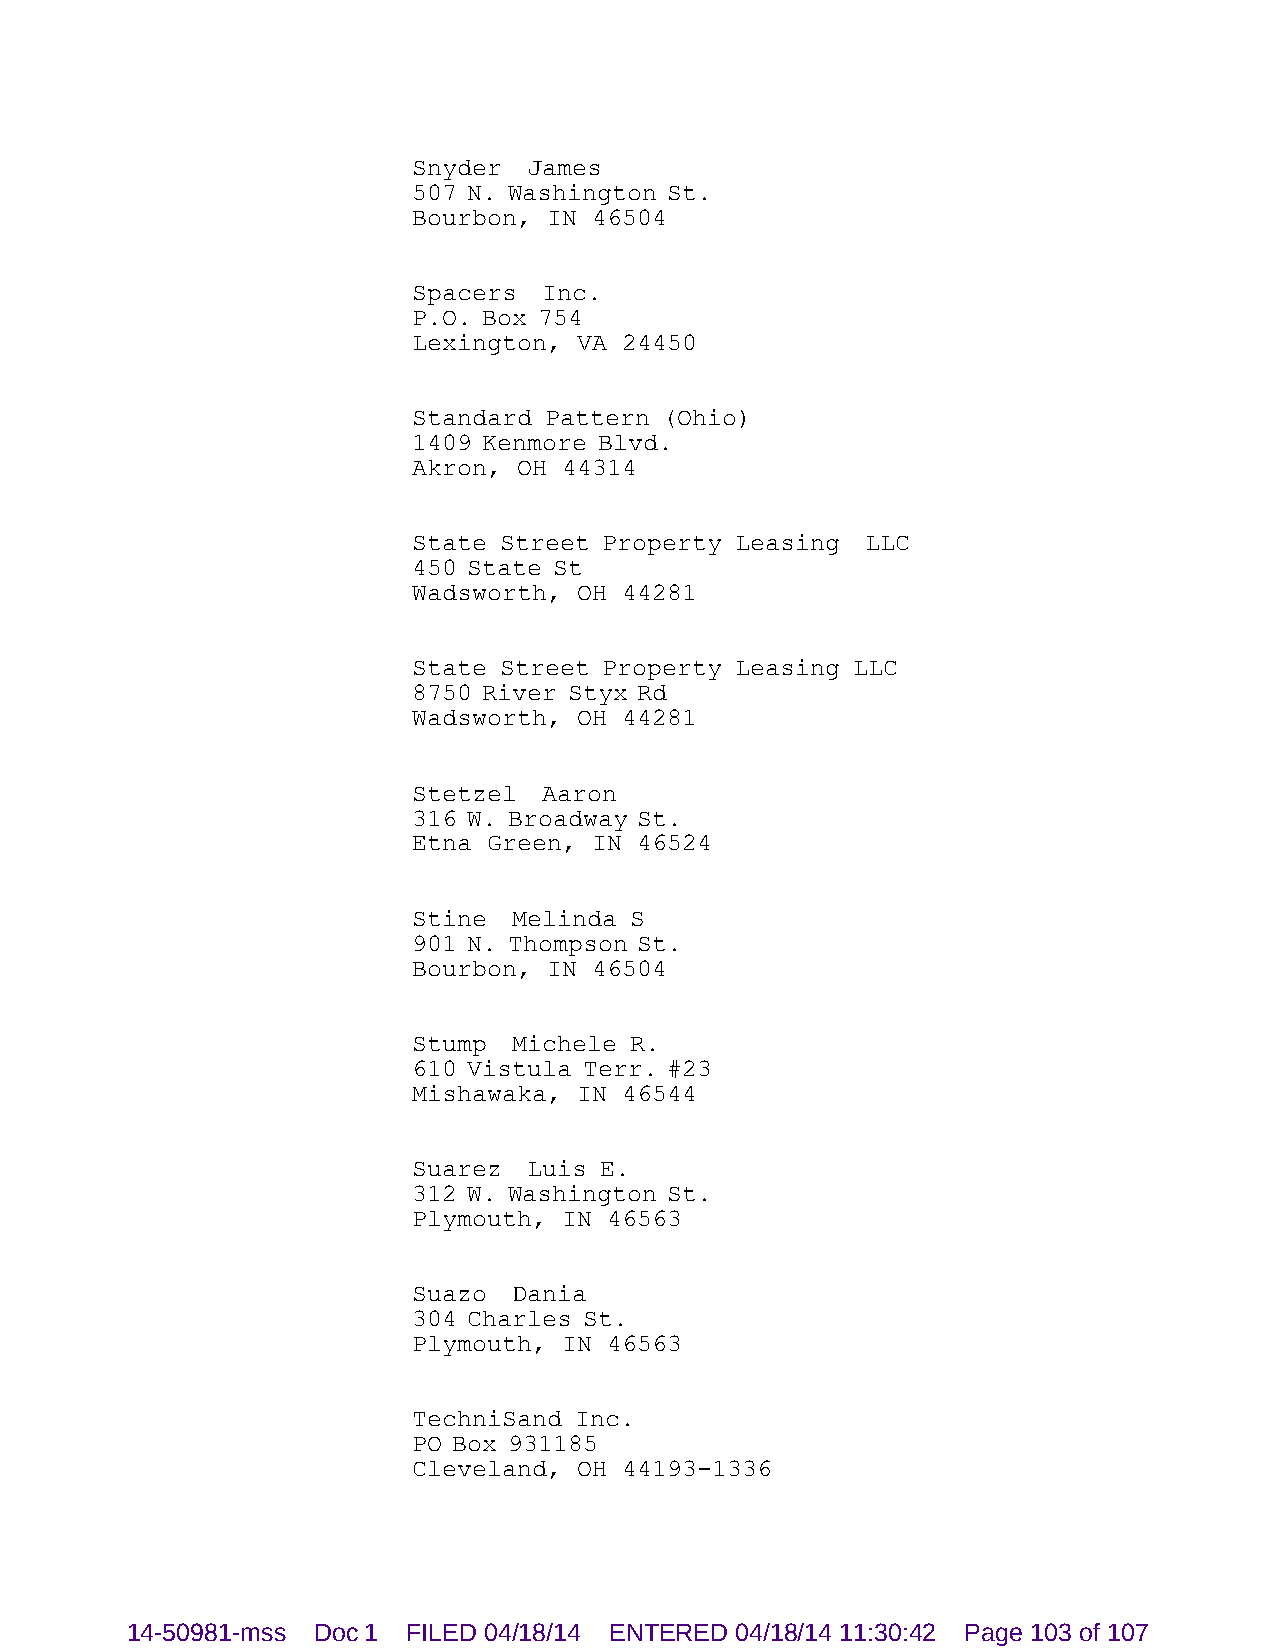
Snyder  James
 507 N. Washington St.
 Bourbon, IN 46504
 Spacers  Inc.
 P.O. Box 754
 Lexington, VA 24450
 Standard Pattern (Ohio)
 1409 Kenmore Blvd.
 Akron, OH 44314
 State Street Property Leasing LLC
 450 State St
 Wadsworth, OH 44281
 State Street Property Leasing LLC
 8750 River Styx Rd
 Wadsworth, OH 44281
 Stetzel  Aaron
 316 W. Broadway St.
 Etna Green, IN 46524
 Stine  Melinda S
 901 N. Thompson St.
 Bourbon, IN 46504
 Stump  Michele R.
 610 Vistula Terr. #23
 Mishawaka, IN 46544
 Suarez  Luis E.
 312 W. Washington St.
 Plymouth, IN 46563
 Suazo  Dania
 304 Charles St.
 Plymouth, IN 46563
 TechniSand Inc.
 PO Box 931185
 Cleveland, OH 44193-1336
 14-50981-mss Doc 1 FILED 04/18/14 ENTERED 04/18/14 11:30:42 Page 103 of 107